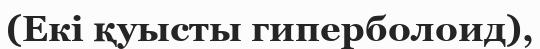
(Екі қуысты гиперболоид),